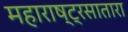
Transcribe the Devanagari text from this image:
महाराष्ट्रसातारा